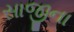
સાજીના